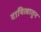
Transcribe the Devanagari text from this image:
दायित्वातुन